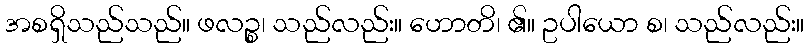
အစရှိသည်သည်။ ဖလဉ္စ၊ သည်လည်း။ ဟောတိ၊ ၏။ ဥပါယော စ၊ သည်လည်း။